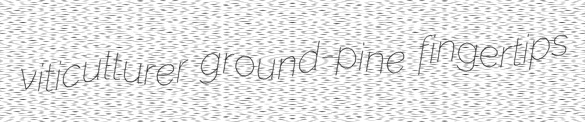
viticulturer ground-pine fingertips